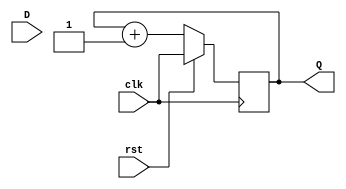
`timescale 1ns/1ns

module slower_clock
(input clk, input rst, input D, output reg Q);
always @ (posedge clk ) begin // Asynchronous Reset
  if(rst) begin
  Q <= clk;
  end else begin
 Q<= Q+1;
    end
    end
endmodule